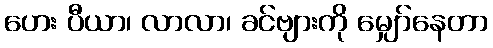
ဟေး ပီယာ၊ လာလာ၊ ခင်ဗျားကို မျှော်နေတာ